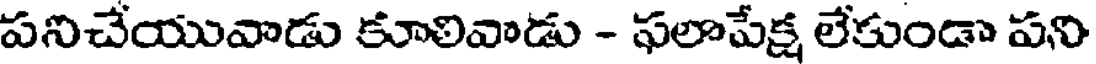
పనిచేయువాడు కూలివాడు - ఫలాపేక్ష లేకుండా పని